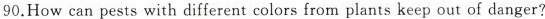
90.How can pests with different colors from plants keep out of danger?